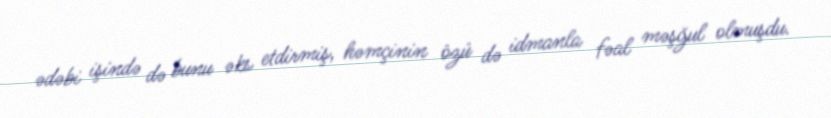
ədəbi işində də bunu əks etdirmiş, həmçinin özü də idmanla fəal məşğul olmuşdu.